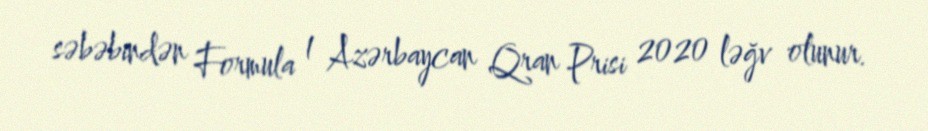
səbəbindən Formula 1 Azərbaycan Qran Prisi 2020 ləğv olunur.